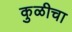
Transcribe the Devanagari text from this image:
कुळीचा